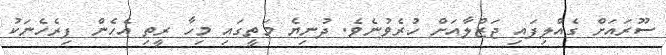
ސޫރައަށް ގެއްލިފައި ޖަޒްލާއަށް ހުރެވުނެވެ. ދުނިޔެ މަތީގައި މިހާ ރީތި އެހެން ފިރެހެނަކު